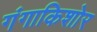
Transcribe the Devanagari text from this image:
गंगाकिशोर